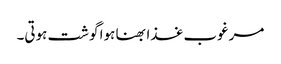
مرغوب غذا بھنا ہوا گوشت ہوتی۔